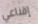
إقناعي